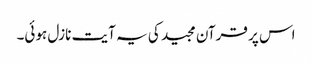
اس پر قرآن مجید کی یہ آیت نازل ہوئی۔